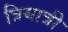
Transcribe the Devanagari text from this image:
त्रियात्री